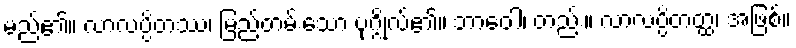
မည်၏။ လာလပ္ပိတဿ၊ မြည်တမ်းသော ပုဂ္ဂိုလ်၏။ ဘာဝေါ၊ တည်း။ လာလပ္ပိတတ္ထံ၊ အဖြစ်။